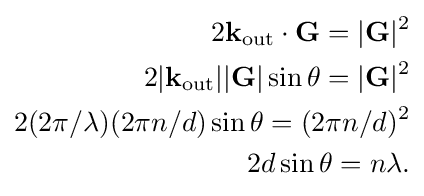
{\begin{aligned}2\mathbf {k} _{\mathrm {out} }\cdot \mathbf {G} =|\mathbf {G} |^{2}\\2|\mathbf {k} _{\mathrm {out} }||\mathbf {G} |\sin \theta =|\mathbf {G} |^{2}\\2(2\pi /\lambda )(2\pi n/d)\sin \theta =(2\pi n/d)^{2}\\2d\sin \theta =n\lambda .\end{aligned}}